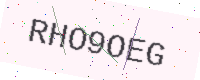
Text: RHO9OEG